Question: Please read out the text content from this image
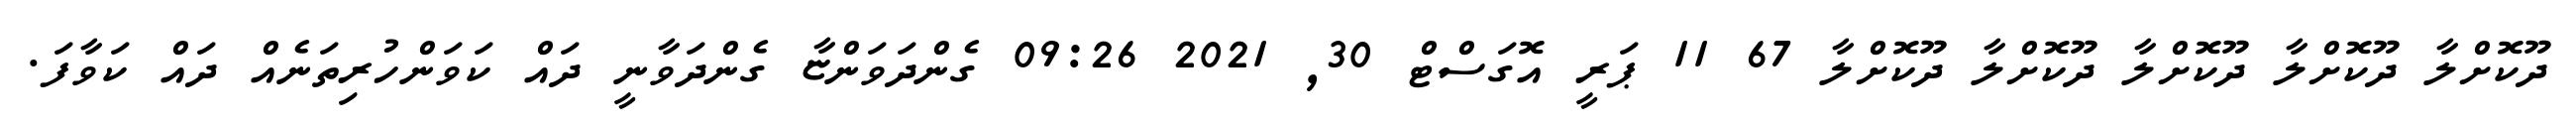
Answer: ދޫކޮށްލާ ދޫކޮށްލާ ދޫކޮށްލާ ދޫކޮށްލާ ދޫކޮށްލާ 67 11 ޕަރީ އޮގަސްޓް 30, 2021 09:26 ގެންދަވަންޏާ ގެންދަވާނީ ދައް ކަވަންހުރިތަނެއް ދައް ކަވާފަ.